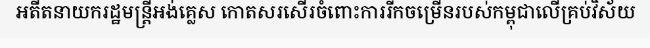
អតីតនាយករដ្ឋមន្ត្រីអង់គ្លេស កោតសរសើរចំពោះការរីកចម្រើនរបស់កម្ពុជាលើគ្រប់វិស័យ